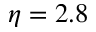
\eta = 2 . 8